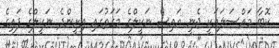
ކޮބާ މައްސަލައަކީ ޖެނީ އައިސް ނަކީލްގެ މަގަތުގައި އިށީންދެ ނަކީލްގެ ފައިގެ